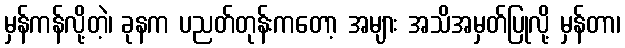
မှန်ကန်လို့တဲ့၊ ခုနက ပညတ်တုန်းကတော့ အများ အသိအမှတ်ပြုလို့ မှန်တာ၊